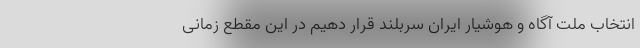
انتخاب ملت آگاه و هوشیار ایران سربلند قرار دهیم در این مقطع زمانی